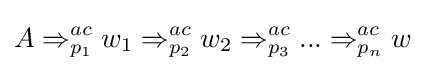
A\Rightarrow _{p_{1}}^{ac}w_{1}\Rightarrow _{p_{2}}^{ac}w_{2}\Rightarrow _{p_{3}}^{ac}...\Rightarrow _{p_{n}}^{ac}w